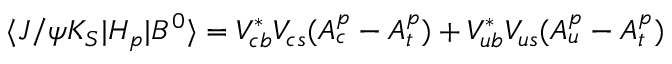
\langle J / \psi K _ { S } | H _ { p } | B ^ { 0 } \rangle = V _ { c b } ^ { \ast } V _ { c s } ( A _ { c } ^ { p } - A _ { t } ^ { p } ) + V _ { u b } ^ { \ast } V _ { u s } ( A _ { u } ^ { p } - A _ { t } ^ { p } )